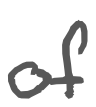
Text: of
Cross-out: clean
Writing tool: digital_gray